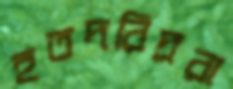
হতদরিদ্ররা